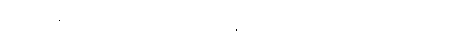
အတ္ထေကစ္စော ပုဂ္ဂလော သေဝိတဗ္ဗော ဘဇိတဗ္ဗော ပယိရုပါသိတဗ္ဗော၊ အတ္ထေကစ္စော